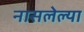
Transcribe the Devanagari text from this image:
नासलेल्या